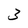
Character: 3